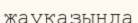
жауқазында